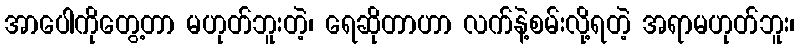
အာပေါကိုတွေ့တာ မဟုတ်ဘူးတဲ့၊ ရေဆိုတာဟာ လက်နဲ့စမ်းလို့ရတဲ့ အရာမဟုတ်ဘူး၊